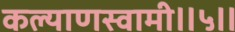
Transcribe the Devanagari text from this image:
कल्याणस्वामी॥५॥